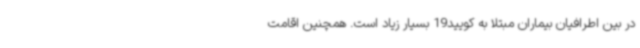
در بین اطرافیان بیماران مبتلا به کویید19 بسیار زیاد است. همچنین اقامت